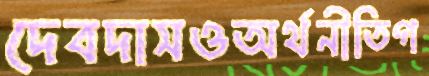
দেবদাসওঅর্থনীতিগ